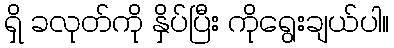
ရှိ ခလုတ်ကို နှိပ်ပြီး ကိုရွေးချယ်ပါ။